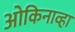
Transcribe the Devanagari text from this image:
ओकिनाव्हा